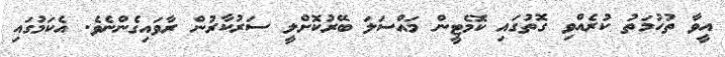
އީވާ ތުހުމަތު ކުރެއްވި ގޮތުގައި ކޮމެޓީން މައްސަލަ ބޭރުކޮށްލީ ސަރުކާރުން ރާވައިގެންނެވެ. އެކަމުގައި